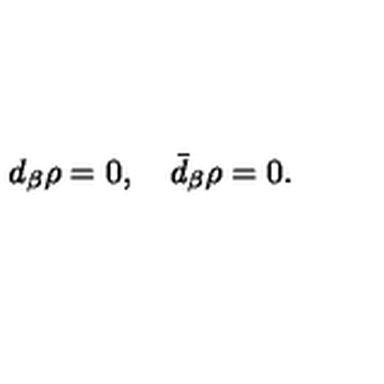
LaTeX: d _ { \beta } \rho = 0 , \quad \bar { d } _ { \beta } \rho = 0 .